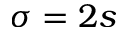
\sigma = 2 s